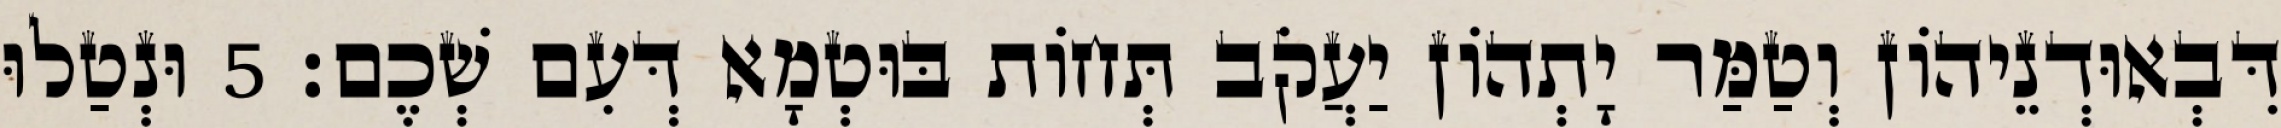
דִּבְאוּדְנֵיהוֹן וְטַמַּר יָתְהוֹן יַעֲקֹב תְּחוֹת בּוּטְמָא דְּעִם שְׁכֶם׃ 5 וּנְטַלוּ